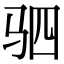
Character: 驷